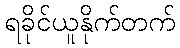
ရခိုင်ယူနိုက်တက်